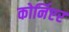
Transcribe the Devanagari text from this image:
कोर्निएर